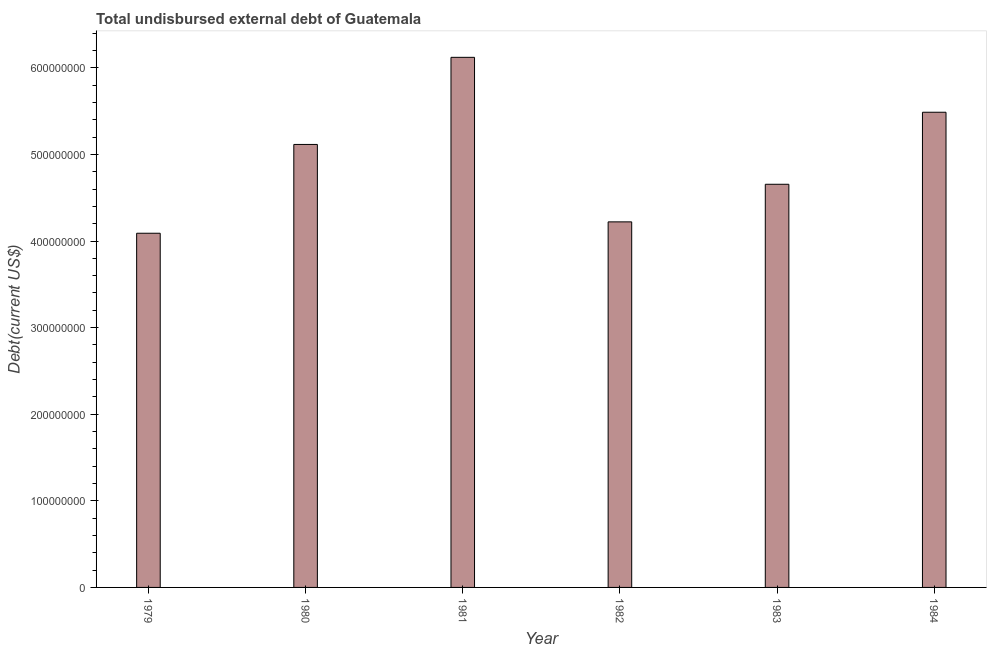
| Year | Total debt |
 | --- | --- |
 | 1979 | 4.09e+08 |
 | 1980 | 5.12e+08 |
 | 1981 | 6.12e+08 |
 | 1982 | 4.22e+08 |
 | 1983 | 4.66e+08 |
 | 1984 | 5.49e+08 |